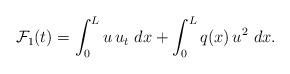
LaTeX: \begin{align*} {\cal F}_{1}(t) = \int_{0}^{L}u\,u_{t}\ dx +\int_{0}^{L}q(x)\,u^{2}\ dx.\end{align*}